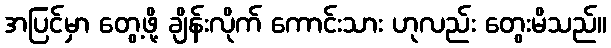
အပြင်မှာ တွေ့ဖို့ ချိန်းလိုက် ကောင်းသား ဟုလည်း တွေးမိသည်။